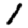
Digit: 1